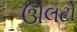
ઊલટો